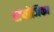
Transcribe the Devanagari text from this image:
संयोजिका